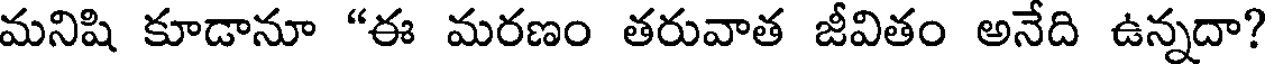
మనిషి కూడానూ "ఈ మరణం తరువాత జీవితం అనేది ఉన్నదా?